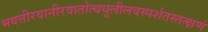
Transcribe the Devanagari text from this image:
भवत्तीरवानीरवातोत्थधूलीलवस्पर्शतस्तत्क्षणं